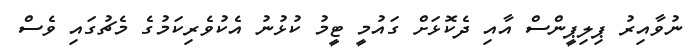
ނުވާއިރު ޕިލިޕީންސް އާއި ދެކޮޅަށް ގައުމީ ޓީމު ކުޅުނު އެކުވެރިކަމުގެ މެޗުގައި ވެސް